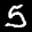
Label: 5